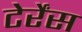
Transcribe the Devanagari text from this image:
टेर्रेंस